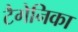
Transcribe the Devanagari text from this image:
टैगेनिका